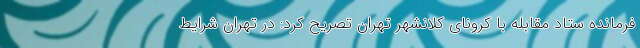
فرمانده ستاد مقابله با کرونای کلانشهر تهران تصریح کرد: در تهران شرایط